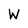
Character: W